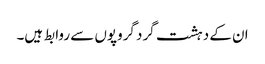
ان کے دہشت گرد گروپوں سے روابط ہیں۔